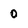
Character: 0